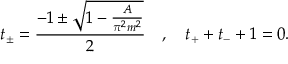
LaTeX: t _ { \pm } = \frac { - 1 \pm \sqrt { 1 - \frac { A } { \pi ^ { 2 } m ^ { 2 } } } } { 2 } \quad , \quad t _ { + } + t _ { - } + 1 = 0 .